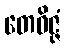
တေဝိဇ္ဇံ